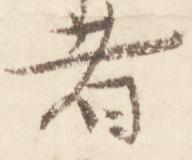
者